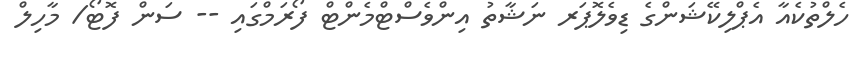
ހެލްތުކެއާ އެޕްލިކޭޝަންގެ ޑިވެލޮޕަރ ނަޝާތު އިންވެސްޓްމެންޓް ފޯރަމްގައި -- ސަން ފޮޓޯ/ މާހިލް